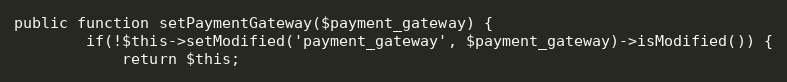
Language: PHP
public function setPaymentGateway($payment_gateway) {
        if(!$this->setModified('payment_gateway', $payment_gateway)->isModified()) {
            return $this;